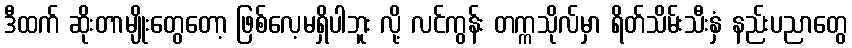
ဒီထက် ဆိုးတာမျိုးတွေတော့ ဖြစ်လေ့မရှိပါဘူး လို့ လင်ကွန်း တက္ကသိုလ်မှာ ရိတ်သိမ်းသီးနှံ နည်းပညာတွေ